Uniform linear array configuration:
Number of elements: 64
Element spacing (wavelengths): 0.5
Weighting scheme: binomial
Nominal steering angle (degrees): -45
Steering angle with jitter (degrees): -44.563
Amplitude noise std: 0.05
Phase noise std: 0.05

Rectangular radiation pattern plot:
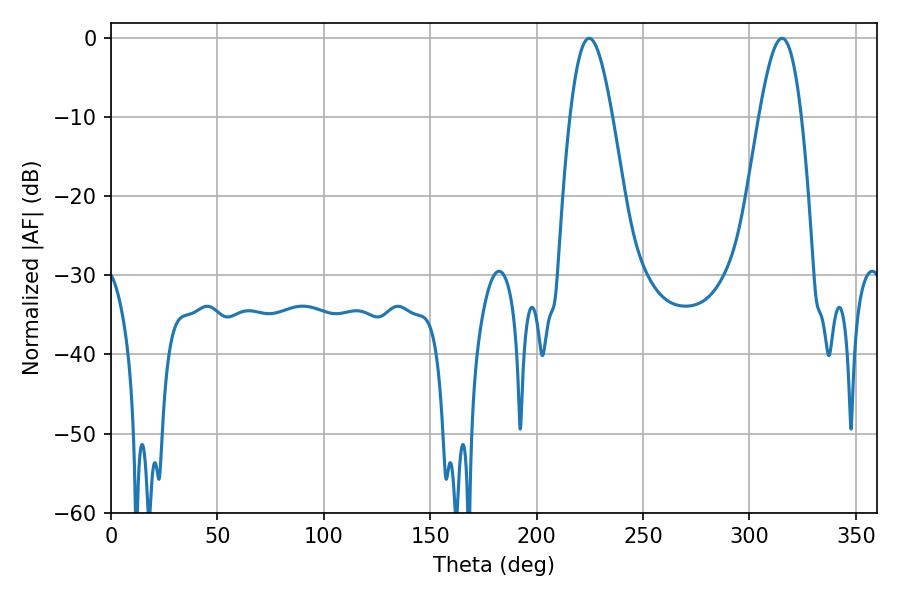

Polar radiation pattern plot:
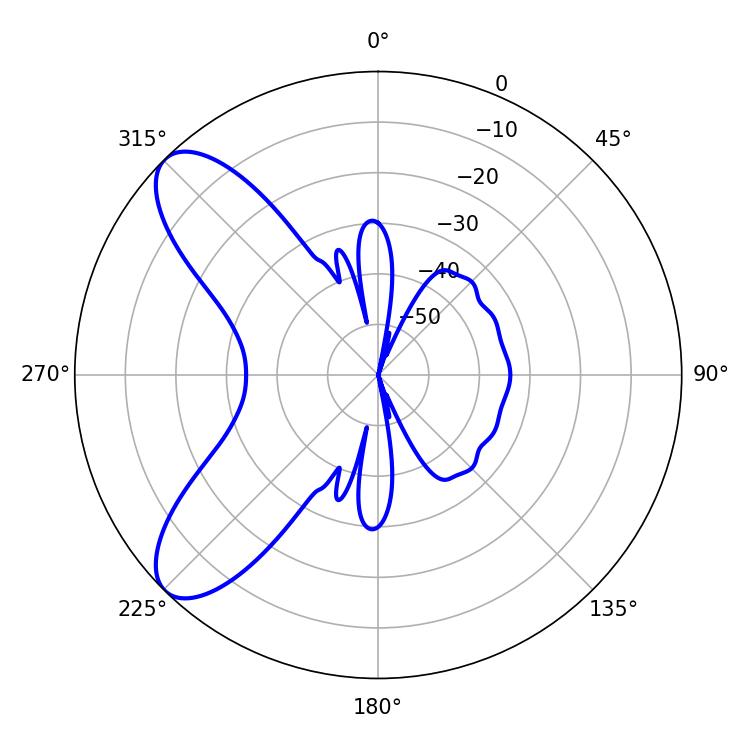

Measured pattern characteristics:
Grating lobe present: FALSE
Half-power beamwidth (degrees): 10.8
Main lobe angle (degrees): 315.36